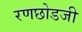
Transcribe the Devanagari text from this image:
रणछोडजी